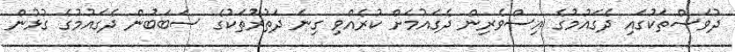
ދުވަސްތަކުގައި ދެގައުމުގެ އިސްވެރިން ދެގައުމަށް ކުރެއްވި ގިނަ ދަތުރުތަކުގެ ސަބަބުން ދެގައުމުގެ ގުޅުން